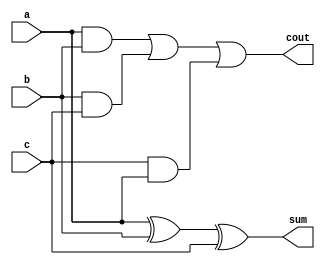
module full_adder(a,b,c,sum,cout);
input a,b,c;
output sum,cout;
assign sum=(a^b^c);
assign cout=(a&b)|(b&c)|(c&a);
endmodule